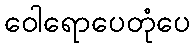
ဝေါရောပေတုံပေ